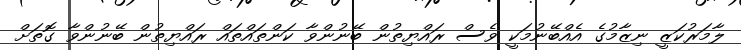
ލާމަރުކަޒީ ނިޒާމުގެ އެއްބޭނުމަކީ ވެސް ރައްޔިތުން ބޭނުންވާ ކަންތައްތައް ރައްޔިތުން ބޭނުންވާ ގޮތަށް